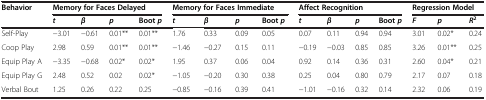
<table><thead><tr><td><b>Behavior</b></td><td colspan="4"><b>Memory for Faces Delayed</b></td><td colspan="4"><b>Memory for Faces Immediate</b></td><td colspan="4"><b>Affect Recognition</b></td><td colspan="3"><b>Regression Model</b></td></tr><tr><td><b> </b></td><td><b><i>t</i></b></td><td><b><i>β</i></b></td><td><b><i>p</i></b></td><td><b>Boot <i>p</i></b></td><td><b><i>t</i></b></td><td><b><i>β</i></b></td><td><b><i>p</i></b></td><td><b>Boot <i>p</i></b></td><td><b><i>t</i></b></td><td><b><i>β</i></b></td><td><b><i>p</i></b></td><td><b>Boot <i>p</i></b></td><td><b><i>F</i></b></td><td><b><i>p</i></b></td><td><b><i>R</i><sup>2</sup></b></td></tr></thead><tbody><tr><td>Self-Play</td><td>−3.01</td><td>−0.61</td><td>0.01**</td><td>0.01**</td><td>1.76</td><td>0.33</td><td>0.09</td><td>0.05</td><td>0.07</td><td>0.11</td><td>0.94</td><td>0.94</td><td>3.01</td><td>0.02*</td><td>0.24</td></tr><tr><td>Coop Play</td><td>2.98</td><td>0.59</td><td>0.01**</td><td>0.01**</td><td>−1.46</td><td>−0.27</td><td>0.15</td><td>0.11</td><td>−0.19</td><td>−0.03</td><td>0.85</td><td>0.85</td><td>3.26</td><td>0.01**</td><td>0.25</td></tr><tr><td>Equip Play A</td><td>−3.35</td><td>−0.68</td><td>0.02*</td><td>0.02*</td><td>1.95</td><td>0.37</td><td>0.06</td><td>0.04</td><td>0.92</td><td>0.14</td><td>0.36</td><td>0.31</td><td>2.60</td><td>0.04*</td><td>0.21</td></tr><tr><td>Equip Play G</td><td>2.48</td><td>0.52</td><td>0.02</td><td>0.02*</td><td>−1.05</td><td>−0.20</td><td>0.30</td><td>0.38</td><td>0.25</td><td>0.04</td><td>0.80</td><td>0.79</td><td>2.17</td><td>0.07</td><td>0.18</td></tr><tr><td>Verbal Bout</td><td>1.25</td><td>0.26</td><td>0.22</td><td>0.25</td><td>−0.85</td><td>−0.16</td><td>0.39</td><td>0.41</td><td>−1.01</td><td>−0.16</td><td>0.32</td><td>0.14</td><td>2.32</td><td>0.06</td><td>0.19</td></tr></tbody></table>